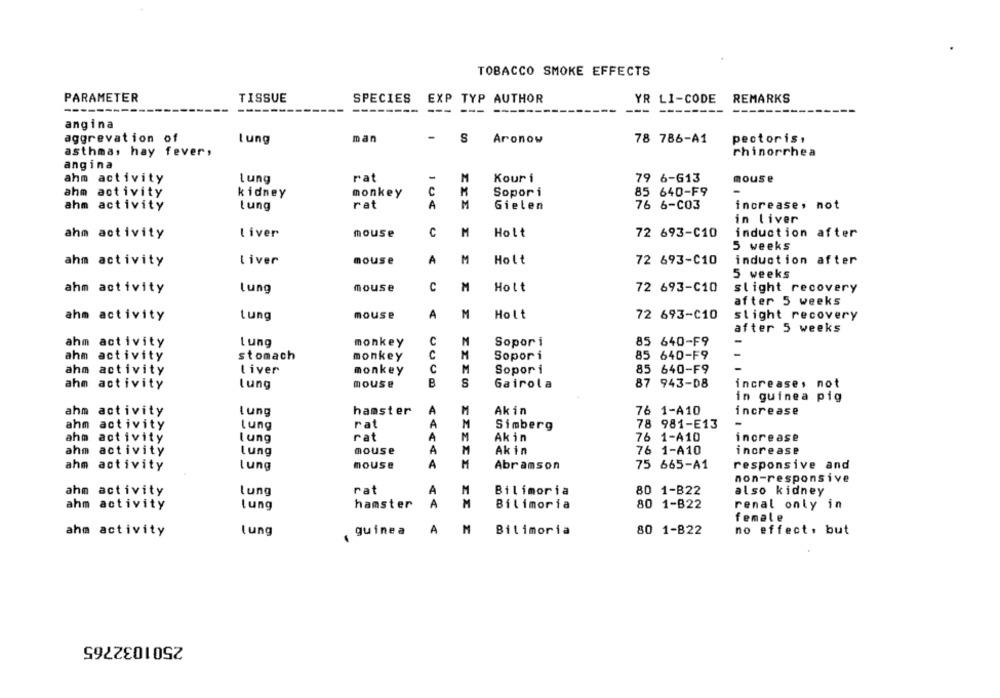
TOBACCO SMOKE EFFECTS
PARAMETER
TISSUE
SPECIES
REMARKS
EXP TYP AUTHOR
YR LI-CODE
--------
--- ---
------
---
--------
angina
aggrevation of
lung
man
S
Aronow
78 786-A1
pectoris.
asthma, hay fever,
rhinorrhea
angina
M
ahm activity
Lung
rat
-
Kour i
79 6-613
mouse
ahm activity
kidney
monkey
C
M
Sopori
85 640-F9
-
ahm activity
Lung
rat
A
M
Gielen
76 6-C03
increase, not
in liver
ahm activity
Liver
mouse
C
M
Holt
72 693-C10
induction after
5 weeks
ahm activity
Liver
mouse
A
M
Holt
72 693-C10
induction after
5 weeks
ahm activity
Lung
mouse
C
M
Holt
72 693-C10
slight recovery
after 5 weeks
M
ahm activity
Lung
mouse
A
Holt
72 693-C10
slight recovery
after 5 weeks
C
Sopori
85 640-F9
ahm activity
Lung
monkey
M
ahm activity
stomach
M
Sopor i
85 640-F9
monkey
ahm activity
liver
monkey
C
M
Sopor i
85 640-F9
mouse
B
S
Gairola
87 943-D8
increase, not
ahm activity
lung
in guinea pig
ahm activity
hamster
A
M
Akin
76 1-A10
increase
Lung
ahm activity
Lung
rat
A
M
Simberg
78 981-E13
-
ahm
activity
Lung
rat
A
M
Akin
76 1-A10
increase
ahm activity
Lung
mouse
A
M
Akin
76 1-A10
increase
ahm activity
Lung
mouse
A
M
Abramson
75 665-A1
responsive and
non-responsive
ahm activity
lung
rat
A
M
Bilimoria
80 1-B22
also kidney
ahm activity
Lung
hamster
A
Bilimoria
80 1-B22
renal only in
female
ahm activity
guinea
A
M
Bilimoria
no effect, but
lung
80 1-B22
2501032765